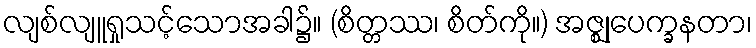
လျစ်လျူရှုသင့်သောအခါ၌။ (စိတ္တဿ၊ စိတ်ကို။) အဇ္ဈုပေက္ခနတာ၊